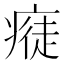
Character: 𤸭